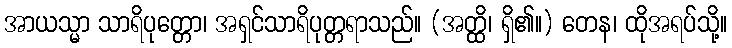
အာယသ္မာ သာရိပုတ္တော၊ အရှင်သာရိပုတ္တရာသည်။ (အတ္ထိ၊ ရှိ၏။) တေန၊ ထိုအရပ်သို့။